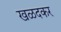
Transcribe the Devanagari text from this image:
खळदकर